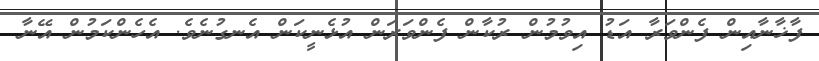
ފާޚާނާއިން ފެންވަރާ އަޑު އިވުމުން ރުކާން ފެންވަރަން އުޅެނީކަން އެނގުނެވެ. އެހެންކަމުން އޭނާ